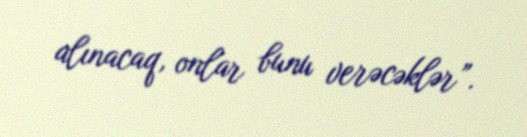
alınacaq, onlar bunu verəcəklər”.